Lunatic asylums Madras 1877-1891 - 1877-1891
Year: 1877
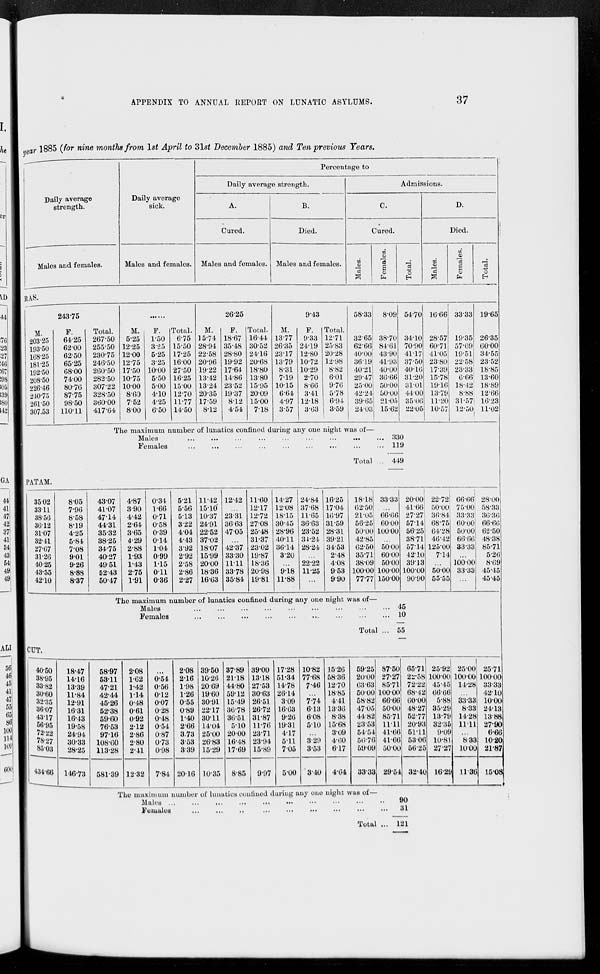
APPENDIX TO ANNUAL REPORT ON LUNATIC ASYLUMS.
37
year 1885 (for nine months from 1st April to 31st December 1885) and Ten previous Years.
Daily average
strength.
Males and females.
Daily average
sick.
Males and females.
Percentage to
Daily average strength.
A.
Cured.
Males and females.
B.
Died.
Males and females.
Admissions.
C.
Cured.
Males.
Females.
Total.
D.
Died.
Males.
Females.
Total.
RAS.
243.75
M.
203.25
193.50
168.25
181.25
192.50
208.50
226.46
240.75
261.50
307.53
F.
64.25
62.00
62.50
65.25
68.00
74.00
80.76
87.75
98.50
110.11
Total.
267.50
255.50
230.75
246.50
260.50
282.50
307.22
328.50
360.00
417.64
.........
M.
5.25
12.25
12.00
12.75
17.50
10.75
10.00
8.60
7.52
8.00
F.
1.50
3.25
5.25
3.25
10.00
5.50
5.00
4.10
4.25
6.50
Total.
6.75
15.50
17.25
16.00
27.50
16.25
15.00
12.70
11.77
14.50
26.25
M.
15.74
28.94
22.58
20.96
19.22
13.42
13.24
20.35
17.59
8.12
F.
18.67
35.48
28.80
19.92
17.64
14.86
23.52
19.37
8.12
4.54
Total.
16.44
30.52
24.16
20.68
18.80
13.80
15.95
20.09
15.00
7.18
9.43
M.
13.77
26.35
23.17
13.79
8.31
7.19
10.15
6.64
4.97
3.57
F.
9.33
24.19
12.80
10.72
10.29
2.70
8.66
3.41
12.18
3.63
Total.
12.71
25.83
20.28
12.98
8.82
6.01
9.76
5.78
6.94
3.59
58.33
32.65
62.66
40.00
36.19
40.21
29.47
25.00
42.24
39.65
24.03
8.09
38.70
84.61
43.90
41.93
40.00
36.66
50.00
50.00
21.05
15.62
54.70
34.10
70.90
41.17
37.50
40.16
31.20
31.01
44.00
35.06
22.05
16.66
28.57
60.71
41.05
23.80
17.39
15.78
19.16
13.79
11.20
10.57
33.33
19.35
57.69
19.51
22.58
23.33
6.66
18.42
8.88
31.57
12.50
19.65
26.35
60.00
34.55
23.52
18.85
13.60
18.89
12.66
16.23
11.02
The maximum number of lunatics confined during any one night was of—
Males
...
...
...
...
...
...
...
...
...
...
...
Females
...
...
...
...
...
...
...
...
...
...
...
Total ...
330
119
449
PATAM.
35.02
33.11
38.56
36.12
31.07
32.41
27.67
31.26
40.25
43.55
42.10
8.05
7.96
8.58
8.19
4.25
5.84
7.08
9.01
9.26
8.88
8.37
43.07
41.07
47.14
44.31
35.32
38.25
34.75
40.27
49.51
52.43
50.47
4.87
3.90
4.42
2.64
3.65
4.29
2.88
1.93
1.43
2.75
1.91
0.34
1.66
0.71
0.58
0.39
0.14
1.04
0.99
1.15
0.11
0.36
5.21
5.56
5.13
3.22
4.04
4.43
3.92
2.92
2.58
2.86
2.27
11.42
15.10
10.37
24.91
22.52
37.02
18.07
15.99
20.00
18.36
16.63
12.42
...
23.31
36.63
47.05
...
42.37
33.30
11.11
33.78
35.84
11.60
12.17
12.72
27.08
25.48
31.37
23.02
19.87
18.36
20.98
19.81
14.27
12.08
18.15
30.45
28.96
40.11
36.14
3.20
...
9.18
11.88
24.84
3768
11.65
36.63
23.52
34.24
28.24
...
22.22
11.25
...
16.25
17.04
16.97
31.59
28.31
39.21
34.53
2.48
4.08
9.53
9.90
18.18
62.50
21.05
56.25
50.00
42.85
62.50
35.71
38.09
100.00
77.77
33.33
...
66.66
60.00
100.00
...
50.00
60.00
50.00
100.00
150.00
20.00
41.66
2727
57.14
56.25
38.71
57.14
42.10
39.13
100.00
90.90
22.72
50.00
36.84
68.75
64.28
46.42
125.00
7.14
...
50.00
55.55
66.66
7500
33.33
60.00
50.00
66.66
33.33
...
100.00
33.33
...
28.00
58.33
36.36
66.66
62.50
48.38
85.71
5.26
8.69
45.45
45.45
The maximum number of lunatics confined during any one night was of—
Males ... ... ... ... ... ... ... ... ... ... ... ... ... ...
Females ... ... ... ... ... ... ... ... ... ... ... ... ...
Total ..
45
10
55
CUT.
40.50
38.95
33.82
30.60
32.35
36.07
43.17
56.95
72.22
78.27
85.03
434.66
18.47
14.16
13.39
11.84
12.91
16.31
16.43
19.58
24.94
30.33
28.25
146.73
58.97
53.11
47.21
42.44
45.26
52.38
59.60
76.53
97.16
108.60
113.28
581.39
2.08
1.62
1.42
1.14
0.48
0.61
0.92
2.12
2.86
2.80
2.41
12.32
...
0.54
0.56
0.12
0.07
0.28
0.48
0.54
0.87
0.73
0.98
7.84
2.08
2.16
1.98
1.26
0.55
0.89
1.40
2.66
3.73
3.53
3.39
20.16
39.50
10.26
20.69
19.60
30.91
22.17
30.11
14.04
25.00
26.83
15.29
10.35
37.89
21.18
44.80
59.12
15.49
36.78
36.51
5.10
20.00
16.48
17.69
8.85
39.00
13.18
27.53
30.63
26.51
26.72
31.87
11.76
28.71
23.94
15.89
9.97
17.28
51.34
14.78
26.14
3.09
16.63
9.26
19.31
4.17
5.11
7.05
5.00
10.82
77.68
7.46
...
7.74
6.13
6.08
5.10
...
3.29
3.53
3.40
15.26
58.36
12.70
18.85
4.41
13.36
8.38
15.68
3.09
4.60
6.17
4.64
59.25
20.00
63.63
50.00
58.82
47.05
44.82
23.53
54.54
56.76
59.09
33.33
87.50
27.27
85.71
100.00
66.66
50.00
85.71
11.11
41.66
41.66
50.00
29.54
65.71
22.58
72.22
68.42
60.00
48.27
52.77
20.93
51.11
53.06
56.25
32.40
25.92
100.00
45.45
66.66
5.88
35.29
13.79
32.35
9.09
10.81
27.27
16.29
25.00
100.00
14.28
...
33.33
8.33
14.28
11.11
...
8.33
10.00
11.36
25.71
100.00
33.33
42.10
10.00
24.13
13.88
27.90
6.66
10.20
21.87
15.08
The maximum number of lunatics confined during any one night was of—
Males ...
...
...
...
..
... ... ... ... ... .. ...
Females...
...
...
...
..
......
...
...
...
..
...
Total ...
90
31
121